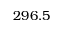
2 9 6 . 5